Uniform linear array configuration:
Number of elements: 4
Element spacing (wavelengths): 0.25
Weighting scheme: hann
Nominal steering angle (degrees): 30
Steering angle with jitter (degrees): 28.343
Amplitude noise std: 0.05
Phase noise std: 0.05

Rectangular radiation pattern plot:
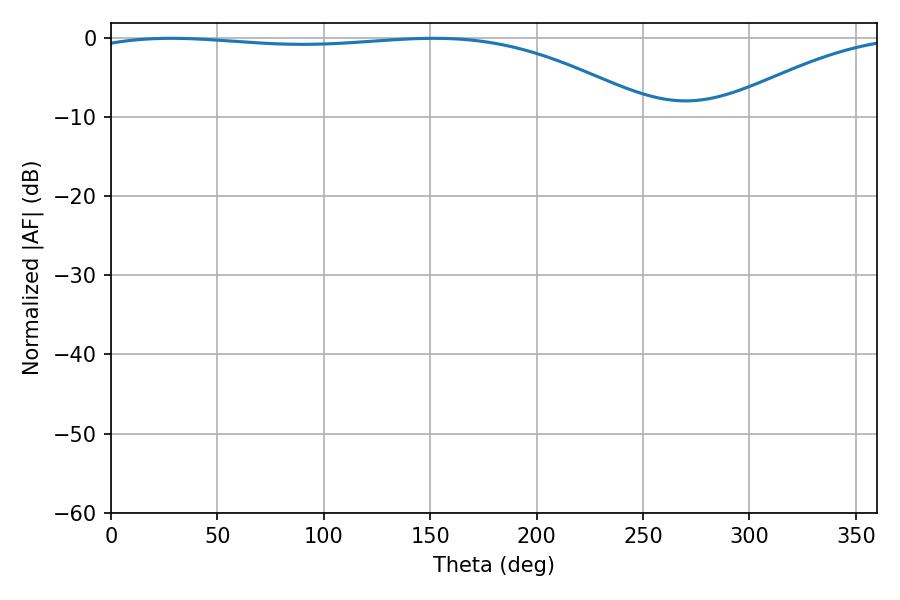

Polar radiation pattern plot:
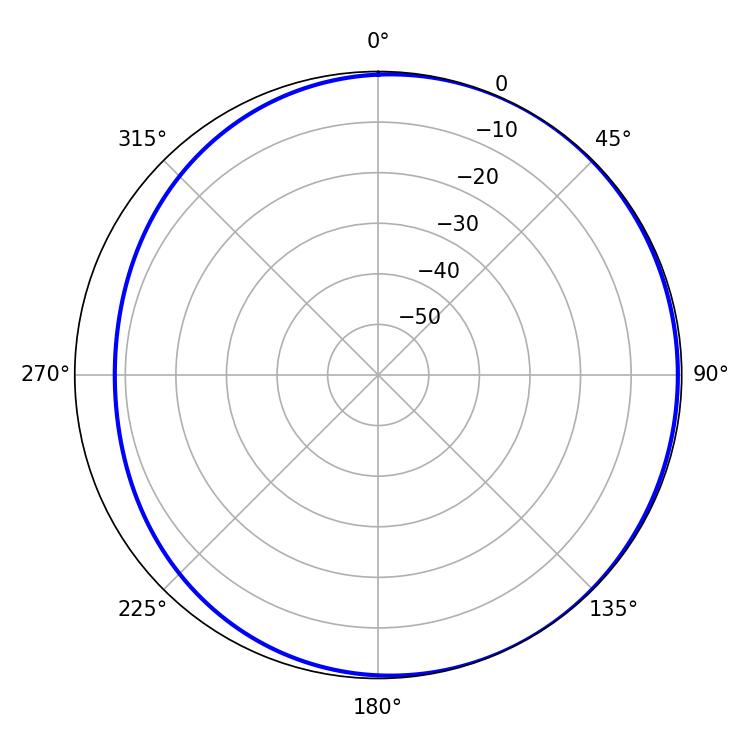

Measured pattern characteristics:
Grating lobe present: FALSE
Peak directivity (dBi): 2.197
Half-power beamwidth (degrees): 211.68
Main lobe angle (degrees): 28.26